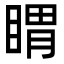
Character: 䁌